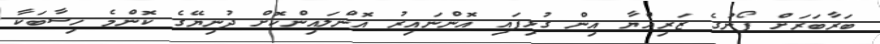
ބަރާބަރަށް ފޯނުގެ ޒަރިއްޔާ އިން ގުޅިފައި އޮންނައިރު އޮންލައިންކޮށް ދުނިޔޭގެ ކޮންމެ ހިސާބަކާ